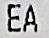
EA